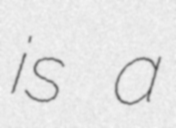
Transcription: is a